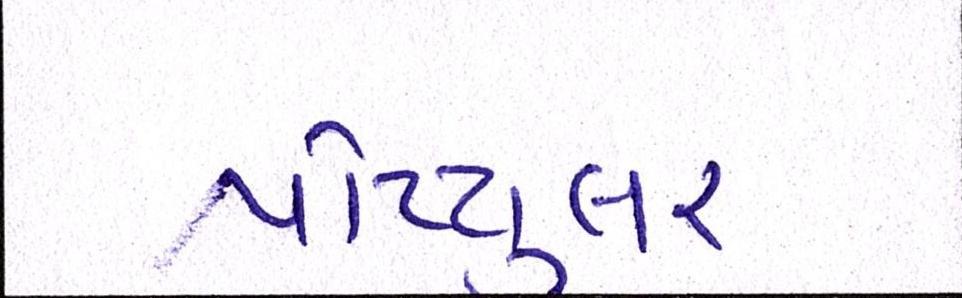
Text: પોપ્યુલર